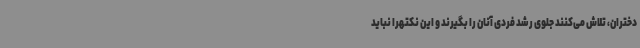
دختران، تلاش می‌کنند جلوی رشد فردی آنان را بگیرند و این نکتهرا نباید